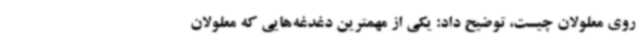
روی معلولان چیست، توضیح داد: یکی از مهمترین دغدغه‌هایی که معلولان